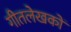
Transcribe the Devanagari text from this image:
गीतलेखकों